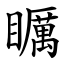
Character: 矋